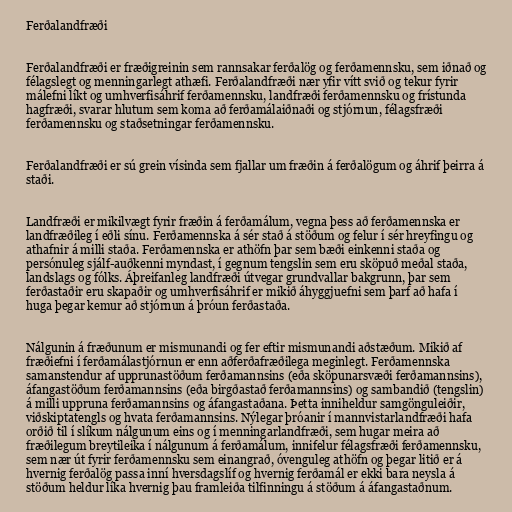
Ferðalandfræði

Ferðalandfræði er fræðigreinin sem rannsakar ferðalög og ferðamennsku, sem iðnað og
félagslegt og menningarlegt athæfi. Ferðalandfræði nær yfir vítt svið og tekur fyrir
málefni líkt og umhverfisáhrif ferðamennsku, landfræði ferðamennsku og frístunda
hagfræði, svarar hlutum sem koma að ferðamálaiðnaði og stjórnun, félagsfræði
ferðamennsku og staðsetningar ferðamennsku.

Ferðalandfræði er sú grein vísinda sem fjallar um fræðin á ferðalögum og áhrif þeirra á
staði.

Landfræði er mikilvægt fyrir fræðin á ferðamálum, vegna þess að ferðamennska er
landfræðileg í eðli sínu. Ferðamennska á sér stað á stöðum og felur í sér hreyfingu og
athafnir á milli staða. Ferðamennska er athöfn þar sem bæði einkenni staða og
persónuleg sjálf-auðkenni myndast, í gegnum tengslin sem eru sköpuð meðal staða,
landslags og fólks. Áþreifanleg landfræði útvegar grundvallar bakgrunn, þar sem
ferðastaðir eru skapaðir og umhverfisáhrif er mikið áhyggjuefni sem þarf að hafa í
huga þegar kemur að stjórnun á þróun ferðastaða.

Nálgunin á fræðunum er mismunandi og fer eftir mismunandi aðstæðum. Mikið af
fræðiefni í ferðamálastjórnun er enn aðferðafræðilega meginlegt. Ferðamennska
samanstendur af upprunastöðum ferðamannsins (eða sköpunarsvæði ferðamannsins),
áfangastöðum ferðamannsins (eða birgðastað ferðamannsins) og sambandið (tengslin)
á milli uppruna ferðamannsins og áfangastaðana. Þetta inniheldur samgönguleiðir,
viðskiptatengls og hvata ferðamannsins. Nýlegar þróanir í mannvistarlandfræði hafa
orðið til í slíkum nálgunum eins og í menningarlandfræði, sem hugar meira að
fræðilegum breytileika í nálgunum á ferðamálum, innifelur félagsfræði ferðamennsku,
sem nær út fyrir ferðamennsku sem einangrað, óvenguleg athöfn og þegar litið er á
hvernig ferðalög passa inní hversdagslíf og hvernig ferðamál er ekki bara neysla á
stöðum heldur líka hvernig þau framleiða tilfinningu á stöðum á áfangastaðnum.